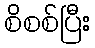
စိစစ်ပြီး